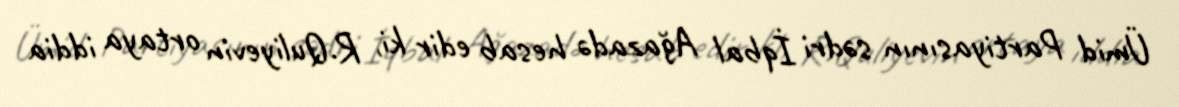
Ümid Partiyasının sədri İqbal Ağazadə hesab edir ki, R.Quliyevin ortaya iddia